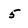
Character: 5